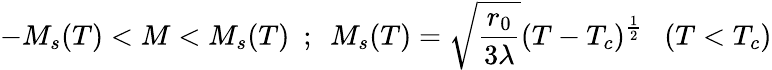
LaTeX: -M_{s}(T)<M<M_{s}(T)~~;~~M_{s}(T)=\sqrt{\frac{r_{0}}{3\lambda}}(T-T_{c})^{\frac{1}{2}}~~~(T<T_{c})